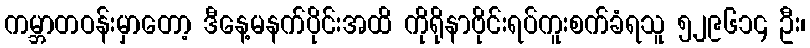
ကမ္ဘာတဝန်းမှာတော့ ဒီနေ့မနက်ပိုင်းအထိ ကိုရိုနာဗိုင်းရပ်ကူးစက်ခံရသူ ၅၂၉၆၁၄ ဦး၊